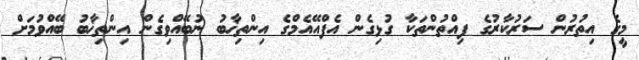
މީގެ އިތުރުން ސަރުކާރުގެ ފިއްތުންތަކާ ގުޅިގެން އެފްއޭއެމްގެ އިންތިޚާބު ނުބޭއްވިގެން އިންތިޚާބު ބޭއްވުމަށް